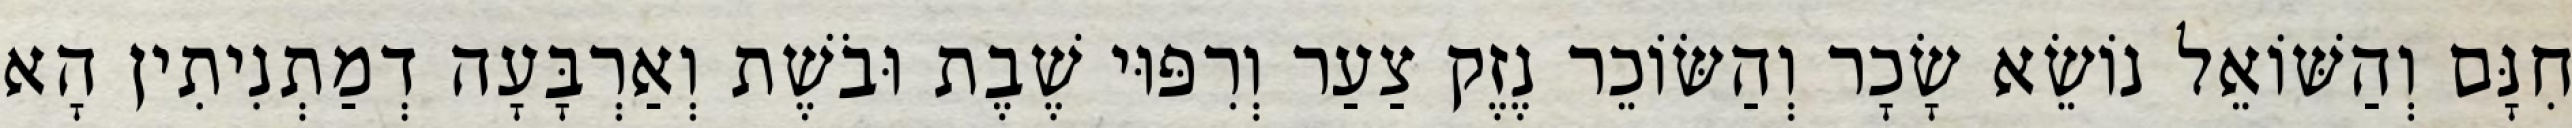
חִנָּם וְהַשּׁוֹאֵל נוֹשֵׂא שָׂכָר וְהַשּׂוֹכֵר נֶזֶק צַעַר וְרִפּוּי שֶׁבֶת וּבֹשֶׁת וְאַרְבָּעָה דְמַתְנִיתִין הָא